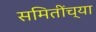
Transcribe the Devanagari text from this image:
समितींच्या